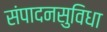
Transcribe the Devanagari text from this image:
संपादनसुविधा